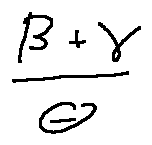
\frac { \beta + \gamma } { \theta }